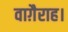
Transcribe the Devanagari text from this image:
वाग़ैराह।